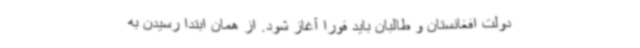
دولت افغانستان و طالبان باید فورا آغاز شود. از همان ابتدا رسیدن به